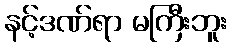
နင့်ဒဏ်ရာ မကြီးဘူး